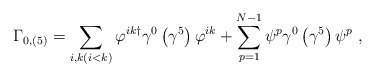
\begin{align*}\Gamma_{0,\left(5\right)}=\sum _{i,k(i<k)} \varphi^{ik\dagger}\gamma^{0}\left(\gamma^{5}\right)\varphi^{ik}+\sum_{p=1}^{N-1} \psi^{p}\gamma^{0}\left(\gamma^{5}\right)\psi^{p}\ ,\end{align*}